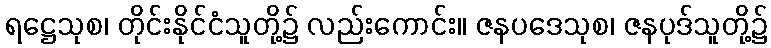
ရဋ္ဌေသုစ၊ တိုင်းနိုင်ငံသူတို့၌ လည်းကောင်း။ ဇနပဒေသုစ၊ ဇနပုဒ်သူတို့၌